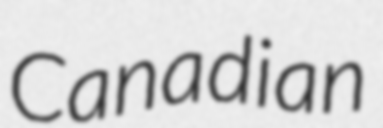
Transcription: Canadian